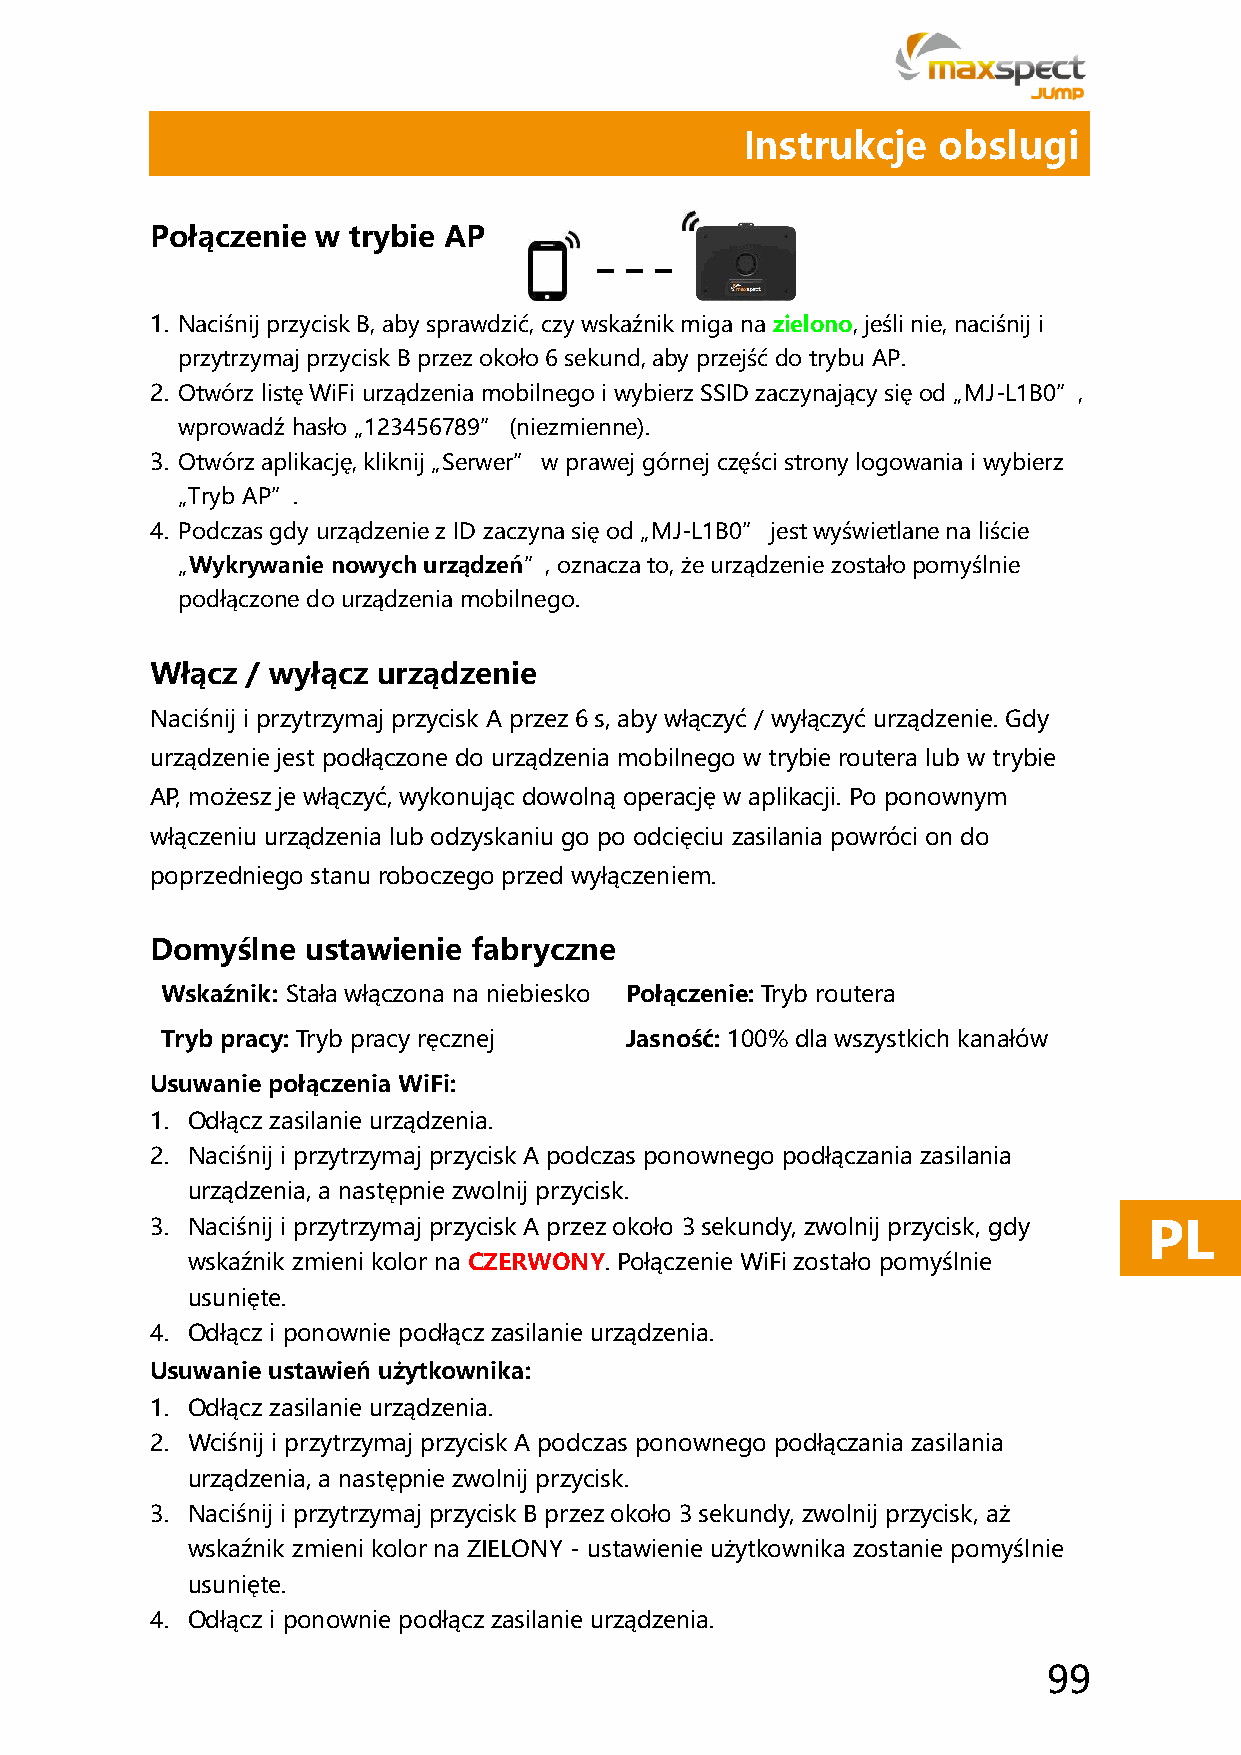
Instrukcje   obslugi
 Połączenie w trybie AP
 1. Naciśnij przycisk B, aby sprawdzić, czy wskaźnik miga na zielono, jeśli nie, naciśnij i
 przytrzymaj przycisk B przez około 6 sekund, aby przejść do trybu AP.
 2. Otwórz listę WiFi urządzenia mobilnego i wybierz SSID zaczynający się od „MJ-L1B0”,
 wprowadź hasło „123456789” (niezmienne).
 3. Otwórz aplikację, kliknij „Serwer” w prawej górnej części strony logowania i wybierz
 „Tryb AP”.
 4. Podczas gdy urządzenie z ID zaczyna się od „MJ-L1B0” jest wyświetlane na liście
 „Wykrywanie nowych urządzeń”, oznacza to, że urządzenie zostało pomyślnie
 podłączone do urządzenia mobilnego.
 Włącz / wyłącz urządzenie
 Naciśnij i przytrzymaj przycisk A przez 6 s, aby włączyć / wyłączyć urządzenie. Gdy
 urządzenie jest podłączone do urządzenia mobilnego w trybie routera lub w trybie
 AP, możesz je włączyć, wykonując dowolną operację w aplikacji. Po ponownym
 włączeniu urządzenia lub odzyskaniu go po odcięciu zasilania powróci on do
 poprzedniego stanu roboczego przed wyłączeniem.
 Domyślne  ustawienie fabryczne
 Wskaźnik: Stała włączona na niebiesko Połączenie: Tryb routera
 Tryb pracy: Tryb pracy ręcznej Jasność: 100% dla wszystkich kanałów
 Usuwanie połączenia WiFi:
 1. Odłącz zasilanie urządzenia.
 2. Naciśnij i przytrzymaj przycisk A podczas ponownego podłączania zasilania
 urządzenia, a następnie zwolnij przycisk.
 3. Naciśnij i przytrzymaj przycisk A przez około 3 sekundy, zwolnij przycisk, gdy PL
 wskaźnik zmieni kolor na CZERWONY. Połączenie WiFi zostało pomyślnie
 usunięte.
 4. Odłącz i ponownie podłącz zasilanie urządzenia.
 Usuwanie ustawień użytkownika:
 1. Odłącz zasilanie urządzenia.
 2. Wciśnij i przytrzymaj przycisk A podczas ponownego podłączania zasilania
 urządzenia, a następnie zwolnij przycisk.
 3. Naciśnij i przytrzymaj przycisk B przez około 3 sekundy, zwolnij przycisk, aż
 wskaźnik zmieni kolor na ZIELONY - ustawienie użytkownika zostanie pomyślnie
 usunięte.
 4. Odłącz i ponownie podłącz zasilanie urządzenia.
 99